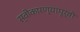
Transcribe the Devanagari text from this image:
स्वीकारण्यापूर्वी